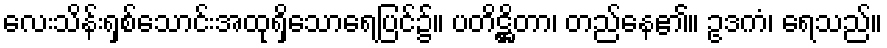
လေးသိန်းရှစ်သောင်းအထုရှိသောရေပြင်၌။ ပတိဋ္ဌိတာ၊ တည်နေ၏။ ဥဒကံ၊ ရေသည်။